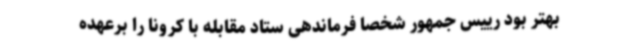
بهتر بود رییس جمهور شخصا فرماندهی ستاد مقابله با کرونا را برعهده